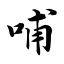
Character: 哺